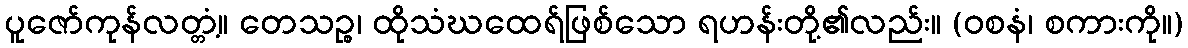
ပူဇော်ကုန်လတ္တံ့။ တေသဉ္စ၊ ထိုသံဃထေရ်ဖြစ်သော ရဟန်းတို့၏လည်း။ (ဝစနံ၊ စကားကို။)